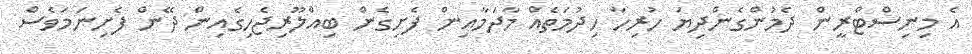
އެ މިނިސްޓްރީން ދެމުންގެންދިޔަ ހުރިހާ ހިދުމަތެއް މާދަމާއިން ފެށިގެން ބިއްލޫރިޖެހިގެއިން ދޭން ފެށިނަމަވެސް